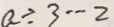
a \div 3 \cdots 2